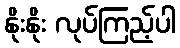
နိုးနိုး လုပ်ကြည့်ပါ